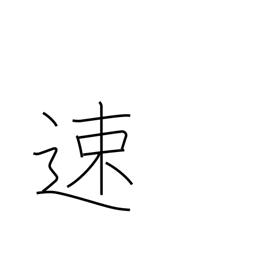
Meaning: quick